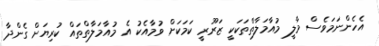
އެހެންނަމަވެސް މާލީ މުއާމަލާތްތަކަކީ ޒަރޫރީ ކަމަކަށް ވުމާއެކު އެ މުއާމަލާތްތައް ކުރިޔަށް ގެންދާ